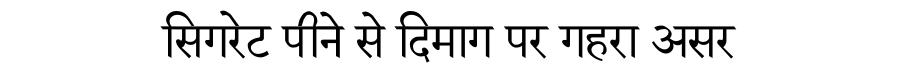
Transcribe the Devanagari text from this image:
सिगरेट पीने से दिमाग पर गहरा असर